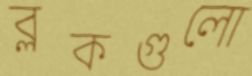
ব্লকগুলো